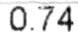
0.74